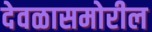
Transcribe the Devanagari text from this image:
देवळासमोरील